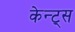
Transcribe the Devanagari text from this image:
केन्ट्स